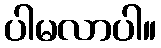
ပါမလာပါ။